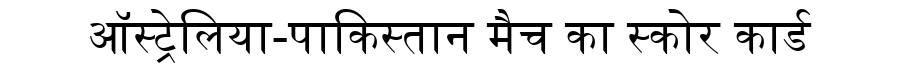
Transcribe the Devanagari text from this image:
ऑस्ट्रेलिया-पाकिस्तान मैच का स्कोर कार्ड